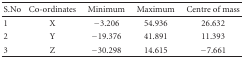
| S.No | Co-ordinates | Minimum | Maximum | Centre of mass |
 | --- | --- | --- | --- | --- |
 | 1 | X | −3.206 | 54.936 | 26.632 |
 | 2 | Y | −19.376 | 41.891 | 11.393 |
 | 3 | Z | −30.298 | 14.615 | −7.661 |